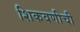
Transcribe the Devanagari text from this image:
शिकवणीची